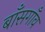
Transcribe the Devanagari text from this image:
बाँसगाँव